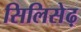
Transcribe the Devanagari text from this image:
सिलिसेढ़